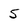
Character: 5